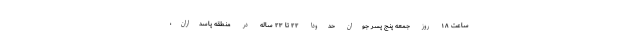
ساعت ۱۸ روز جمعه پنج پسر جوان حدوداً ۲۲ تا ۲۳ ساله در منطقه پاسداران،